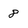
Character: 8